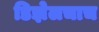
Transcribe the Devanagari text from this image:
डिझेलचाच